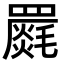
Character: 𮊝